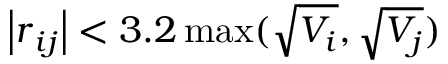
\left| \boldsymbol { r } _ { i j } \right| < 3 . 2 \operatorname* { m a x } ( \sqrt { V _ { i } } , \sqrt { V _ { j } } )